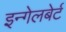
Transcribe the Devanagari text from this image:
इन्गेलबेर्ट